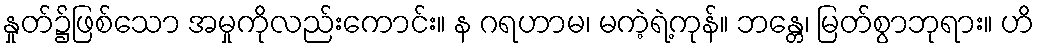
နှုတ်၌ဖြစ်သော အမှုကိုလည်းကောင်း။ န ဂရဟာမ၊ မကဲ့ရဲ့ကုန်။ ဘန္တေ၊ မြတ်စွာဘုရား။ ဟိ